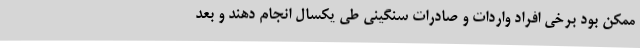
ممکن بود برخی افراد واردات و صادرات سنگینی طی یکسال انجام دهند و بعد